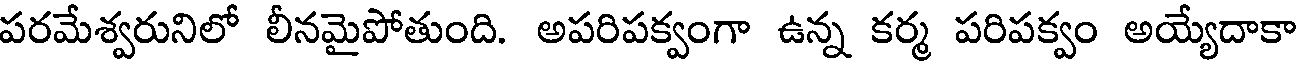
పరమేశ్వరునిలో లీనమైపోతుంది. అపరిపక్వంగా ఉన్న కర్మ పరిపక్వం అయ్యేదాకా